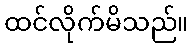
ထင်လိုက်မိသည်။